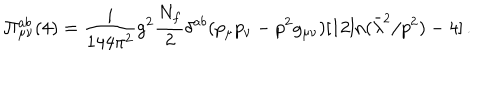
\Pi _ { \mu \nu } ^ { a b } ( 4 ) = \frac i { 1 4 4 \pi ^ { 2 } } g ^ { 2 } \frac { N _ { f } } { 2 } \delta ^ { a b } ( p _ { \mu } p _ { \nu } - p ^ { 2 } g _ { \mu \nu } ) [ 1 2 \mathrm { l n } ( \bar { \lambda } ^ { 2 } / p ^ { 2 } ) - 4 ] \, .